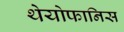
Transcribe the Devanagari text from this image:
थेयोफानिस